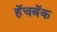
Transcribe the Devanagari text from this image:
हॅचबॅक